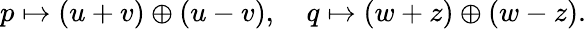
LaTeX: p\mapsto(u+v)\oplus(u-v),\quad q\mapsto(w+z)\oplus(w-z).